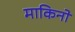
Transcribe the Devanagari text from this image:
माकिनो